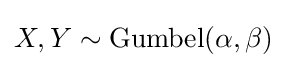
X,Y\sim \mathrm {Gumbel} (\alpha ,\beta )